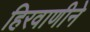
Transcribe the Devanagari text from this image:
हिरवाणीने